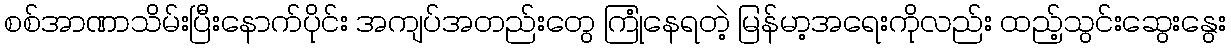
စစ်အာဏာသိမ်းပြီးနောက်ပိုင်း အကျပ်အတည်းတွေ ကြုံနေရတဲ့ မြန်မာ့အရေးကိုလည်း ထည့်သွင်းဆွေးနွေး